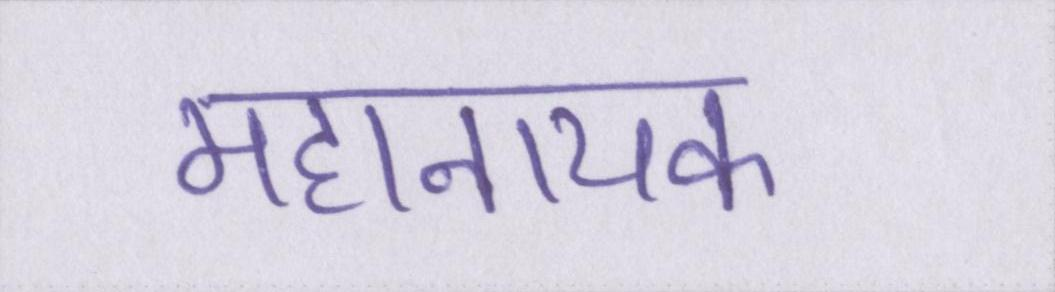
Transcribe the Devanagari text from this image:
महानायक